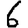
Digit: 6